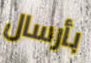
بأرسال